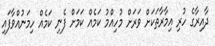
ދާއިރާގެ ހުރި އިމާރާތަކަށް ވަރަށް މުހިއްމު ކަމެއް ކަމަށް ފެނި ކަމެއް ހިމަނުއްވާފައި